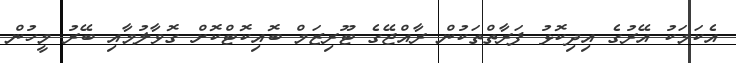
އެކަމަކު އޭރުގެ އިދިކޮޅު ފަރާތްތަކުން ރާއްޖޭގެ ޓޫރިޒަމް ބޮއިކޮޓްކޮށް ގޮވާލުމާއި ބޭރު މީހުން